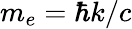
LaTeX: m_{e}=\hbar k/c